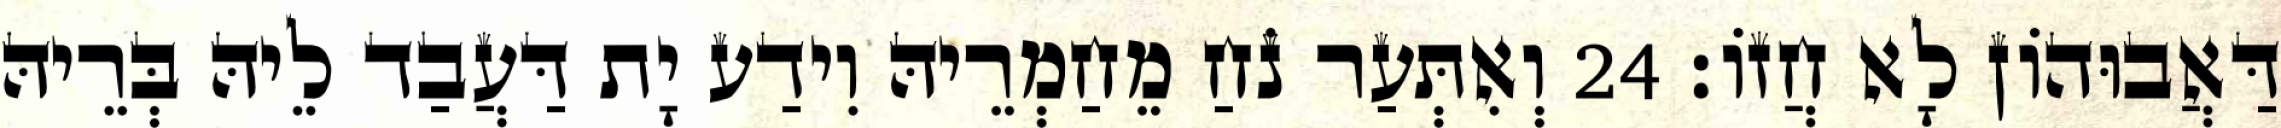
דַּאֲבוּהוֹן לָא חֲזוֹ׃ 24 וְאִתְּעַר נֹחַ מֵחַמְרֵיהּ וִידַע יָת דַּעֲבַד לֵיהּ בְּרֵיהּ